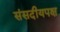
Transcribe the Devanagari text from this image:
संसदीयपक्ष